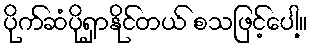
ပိုက်ဆံပိုရှာနိုင်တယ် စသဖြင့်ပေါ့။